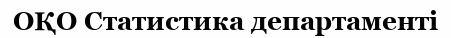
ОҚО Статистика департаменті